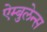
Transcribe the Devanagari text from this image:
ऐम्बुलेन्स